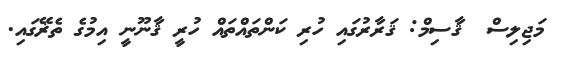
މަޖިލިސް  ޤާސިމް: ޤަރާރުގައި ހުރި ކަންތައްތައް ހުރީ ޤާނޫނީ އިމުގެ ތެޜޭގައި.